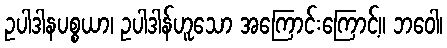
ဥပါဒါနပစ္စယာ၊ ဥပါဒါန်ဟူသော အကြောင်းကြောင့်။ ဘဝေါ၊